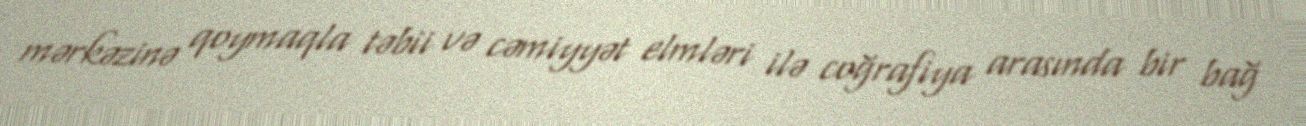
mərkəzinə qoymaqla təbii və cəmiyyət elmləri ilə coğrafiya arasında bir bağ